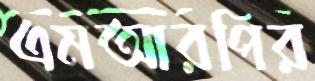
এমআরপির